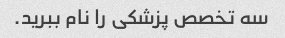
سه تخصص پزشکی را نام ببرید.